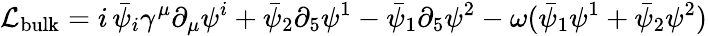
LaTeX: \mathcal{L}_{\mathrm{bulk}}=i\, \bar{\psi}_{i}\gamma^{\mu}\partial_{\mu}\psi^{i}+\bar{\psi}_{2}\partial_{5}\psi^{1}-\bar{\psi}_{1}\partial_{5}\psi^{2}-\omega(\bar{\psi}_{1}\psi^{1}+\bar{\psi}_{2}\psi^{2})